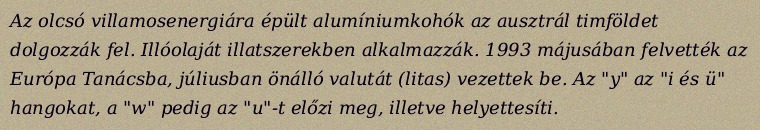
Az olcsó villamosenergiára épült alumíniumkohók az ausztrál timföldet dolgozzák fel. Illóolaját illatszerekben alkalmazzák. 1993 májusában felvették az Európa Tanácsba, júliusban önálló valutát (litas) vezettek be. Az "y" az "i és ü" hangokat, a "w" pedig az "u"-t előzi meg, illetve helyettesíti.